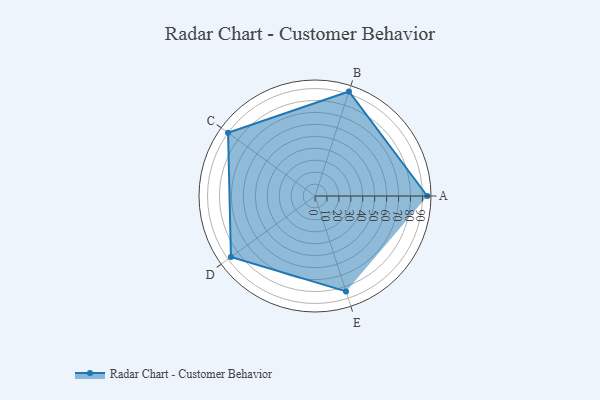
{"axis": {"x": "Skill", "y": "Score"}, "legend": ["Profile"], "data": [{"x": "A", "y": 94.0, "type": "Profile"}, {"x": "B", "y": 92.0, "type": "Profile"}, {"x": "C", "y": 90.0, "type": "Profile"}, {"x": "D", "y": 87.0, "type": "Profile"}, {"x": "E", "y": 84.0, "type": "Profile"}]}